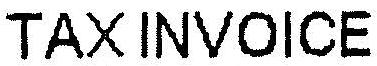
TAX INVOICE